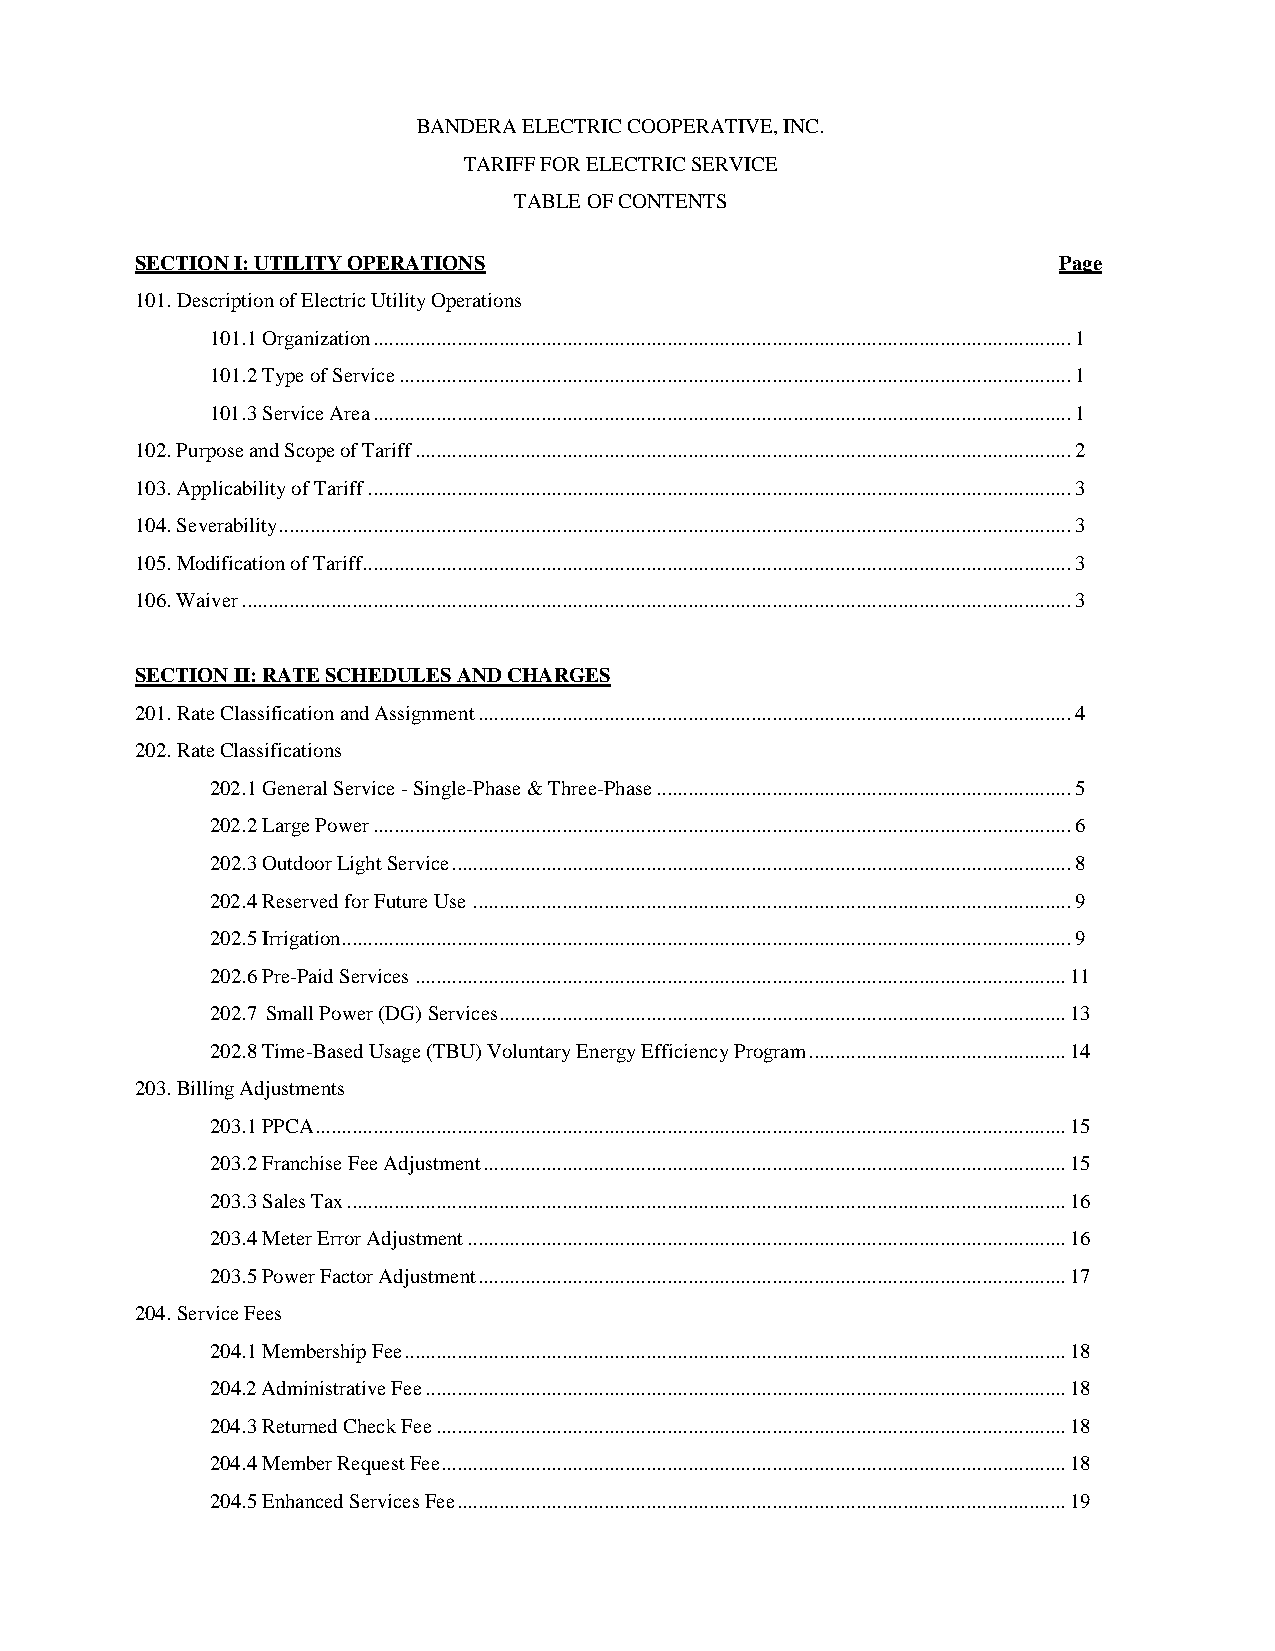
BANDERA ELECTRIC COOPERATIVE, INC.
 TARIFF FOR ELECTRIC SERVICE
 TABLE OF CONTENTS
 SECTION I: UTILITY OPERATIONS                                Page
 101. Description of Electric Utility Operations
 101.1 Organization ..................................................................................................................................... 1
 101.2 Type of Service ................................................................................................................................ 1
 101.3 Service Area ..................................................................................................................................... 1
 102. Purpose and Scope of Tariff ............................................................................................................................. 2
 103. Applicability of Tariff ...................................................................................................................................... 3
 104. Severability ....................................................................................................................................................... 3
 105. Modification of Tariff ....................................................................................................................................... 3
 106. Waiver .............................................................................................................................................................. 3
 SECTION II: RATE SCHEDULES AND CHARGES
 201. Rate Classification and Assignment ................................................................................................................. 4
 202. Rate Classifications
 202.1 General Service - Single-Phase & Three-Phase ............................................................................... 5
 202.2 Large Power ..................................................................................................................................... 6
 202.3 Outdoor Light Service ...................................................................................................................... 8
 202.4 Reserved for Future Use .................................................................................................................. 9
 202.5 Irrigation ........................................................................................................................................... 9
 202.6 Pre-Paid Services ............................................................................................................................ 11
 202.7 Small Power (DG) Services ............................................................................................................ 13
 202.8 Time-Based Usage (TBU) Voluntary Energy Efficiency Program ................................................. 14
 203. Billing Adjustments
 203.1 PPCA ............................................................................................................................................... 15
 203.2 Franchise Fee Adjustment ............................................................................................................... 15
 203.3 Sales Tax ......................................................................................................................................... 16
 203.4 Meter Error Adjustment .................................................................................................................. 16
 203.5 Power Factor Adjustment ................................................................................................................ 17
 204. Service Fees
 204.1 Membership Fee .............................................................................................................................. 18
 204.2 Administrative Fee .......................................................................................................................... 18
 204.3 Returned Check Fee ........................................................................................................................ 18
 204.4 Member Request Fee ....................................................................................................................... 18
 204.5 Enhanced Services Fee .................................................................................................................... 19